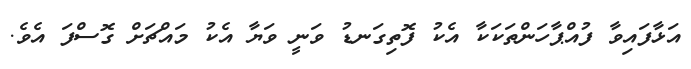
އަޅާފައިވާ ފުއްޕާހަންތަކަކާ އެކު ފޮތިގަނޑު ވަނީ ވަޔާ އެކު މައްޗަށް ގޮސްފަ އެވެ.